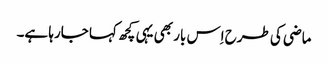
ماضی کی طرح اِس بار بھی یہی کچھ کہا جارہا ہے۔